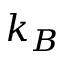
k _ { B }